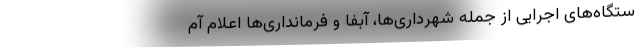
ستگاه‌های اجرایی از جمله شهرداری‌ها، آبفا و فرمانداری‌ها اعلام آم